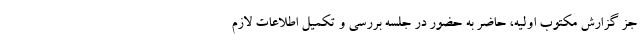
جز گزارش مکتوب اولیه، حاضر به حضور در جلسه بررسی و تکمیل اطلاعات لازم